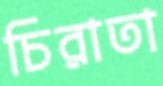
চিরাতা